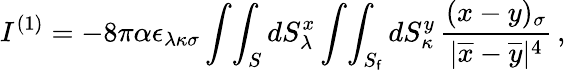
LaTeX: I^{(1)}=-8\pi\alpha\epsilon_{\lambda\kappa\sigma}\int\! \int_{S}dS_{\lambda}^{x}\int\! \int_{S_{\mathsf{f}}}dS_{\kappa}^{y}\, \frac{{(x-y)_{\sigma}}}{{|\overline{{{{x}}}}-\overline{{{{y}}}}|^{4}}}\, ,